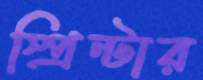
স্প্রিন্টার